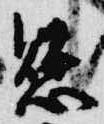
懸